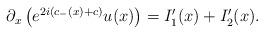
LaTeX: \begin{align*}\begin{aligned}\partial_x \left( e^{2i(c_-(x)+c)} u(x) \right)&=I_1'(x)+I_2'(x).\end{aligned}\end{align*}